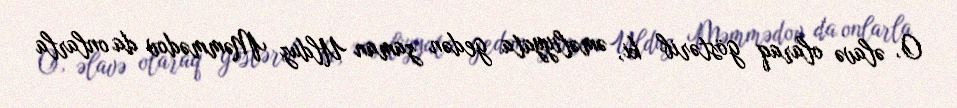
O, əlavə olaraq göstərib ki, əməliyyata gedən zaman Ulduz Məmmədov da onlarla